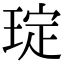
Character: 琔